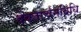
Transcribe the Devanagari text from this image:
देवतार्चनविधि